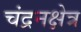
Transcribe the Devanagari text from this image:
चंद्रनक्षेत्र